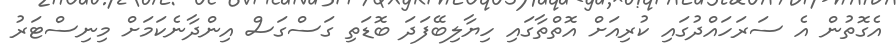
އެގޮތުން އެ ސަރަހައްދުގައި ކުރިއަށް އޮތްތާގައި ހިޔާލިބޭފަދަ ބޮޑަތި ގަސްގަސް އިންދާނެކަމަށް މިނިސްޓަރު